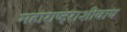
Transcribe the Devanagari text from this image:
महाराष्ट्राशीवाय